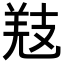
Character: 𢻐